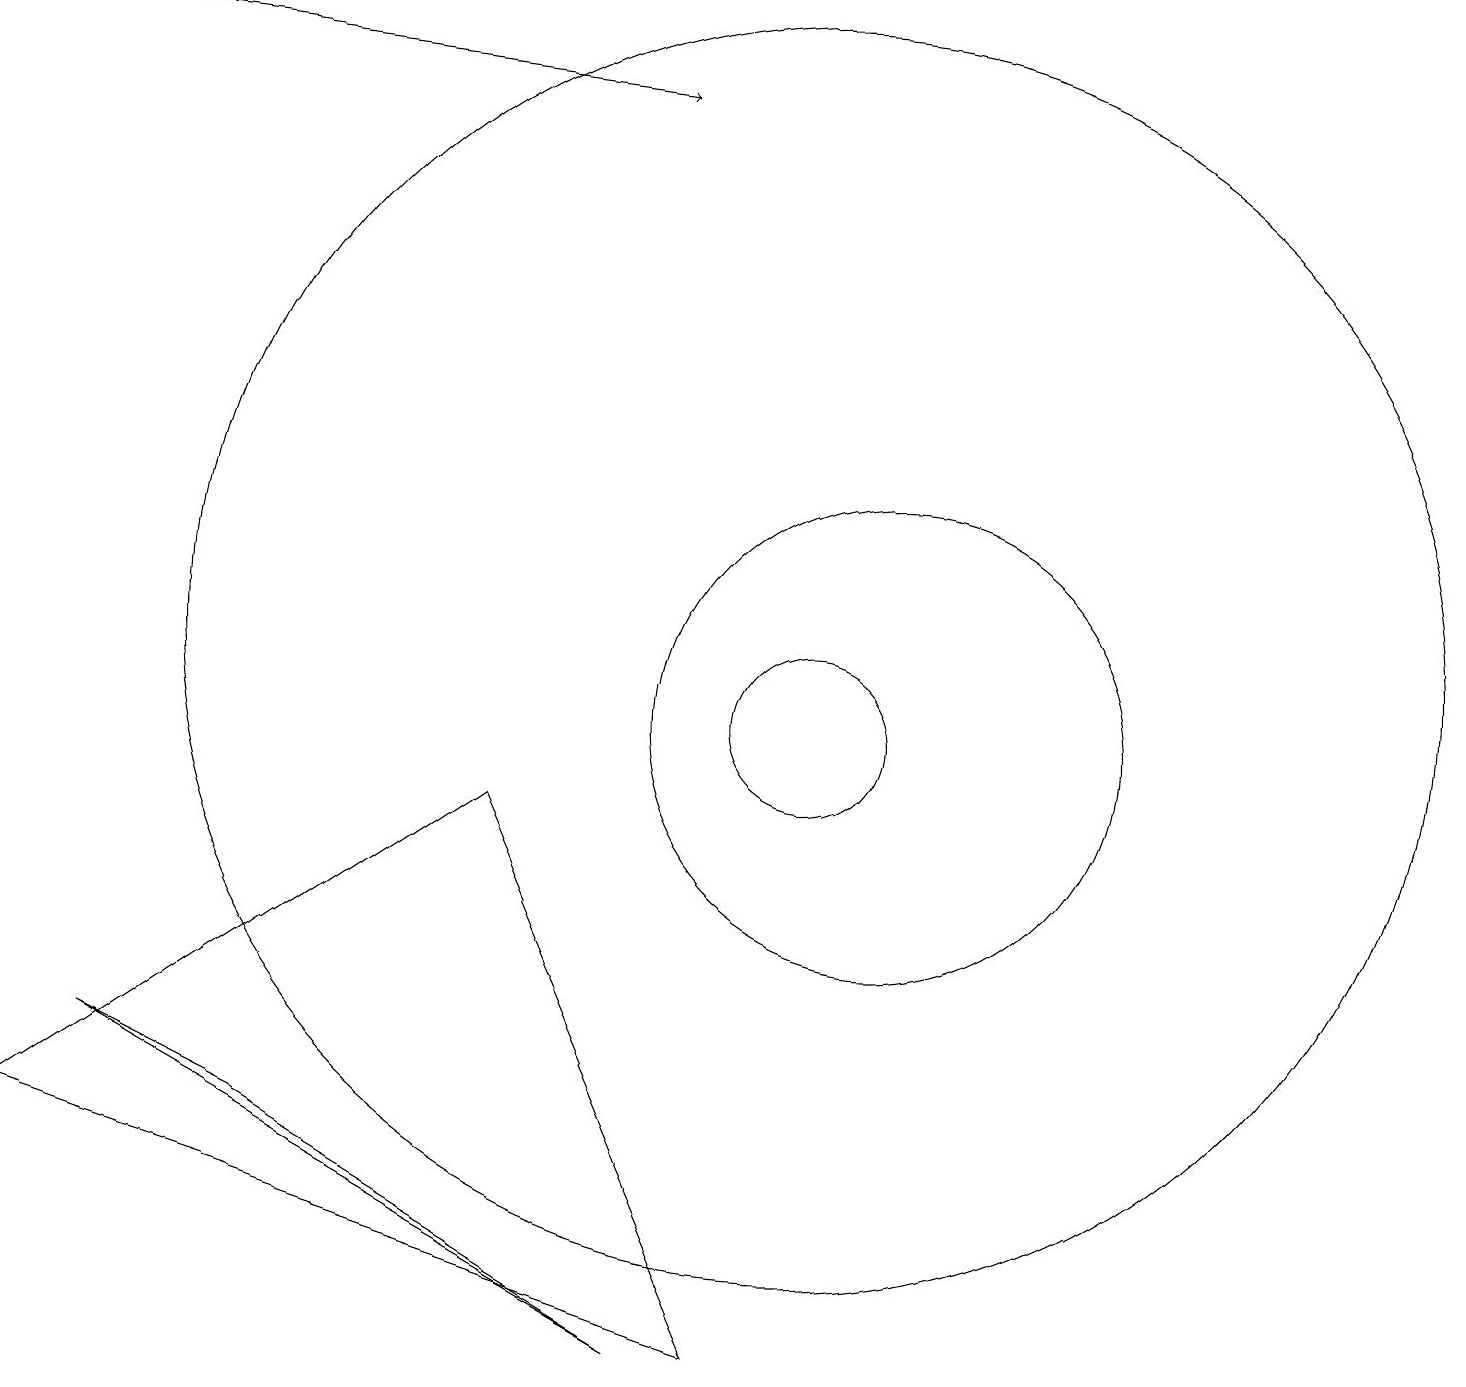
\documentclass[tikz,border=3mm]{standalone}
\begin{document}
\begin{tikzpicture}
\draw[->] (0,19) -- (8,18);
\draw (8,2) -- (1,6) -- (3,5) -- cycle;
\draw (11,10) circle (3);
\draw (10,10) circle (1);
\draw (6,9) -- (0,5) -- (9,2) -- cycle;
\draw (10,11) circle (8);
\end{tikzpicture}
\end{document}